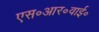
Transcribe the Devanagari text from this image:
एस॰आर॰वाई॰